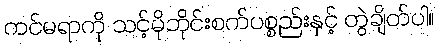
ကင်မရာကို သင့်မိုဘိုင်းစက်ပစ္စည်းနှင့် တွဲချိတ်ပါ။